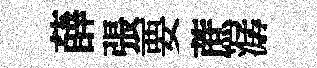
薛張要蔗潺